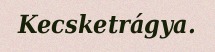
Kecsketrágya.